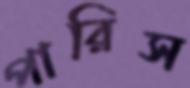
পারিস